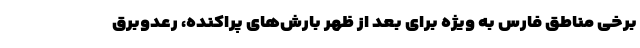
برخی مناطق فارس به ویژه برای بعد از ظهر بارش‌های پراکنده، رعد‌وبرق